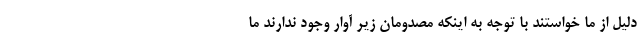
دلیل از ما خواستند با توجه به اینکه مصدومان زیر آوار وجود ندارند ما